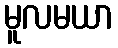
မူလမယာ